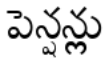
పెన్షన్లు